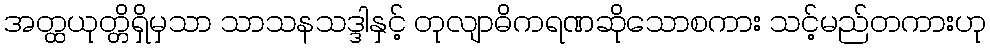
အတ္ထယုတ္တိရှိမှသာ သာသနသဒ္ဒါနှင့် တုလျာဓိကရဏဆိုသောစကား သင့်မည်တကားဟု